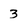
Character: 3